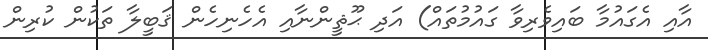
އާއި އެގައުމާ ބައިވެރިވާ ގައުމުތައް) އަދި ޙޫޘީންނާއި އެހެނިހެން ޤަބީލާ ތަކުން ކުރިން